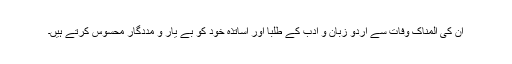
ان کی المناک وفات سے اردو زبان و ادب کے طلبا اور اساتذہ خود کو بے یار و مددگار محسوس کرتے ہیں۔